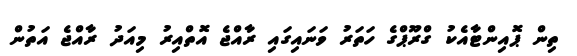
ތިން ޕޮއިންޓާއެކު ގްރޫޕްގެ ހަތަރު ވަނައިގައި ރާއްޖެ އޮތްއިރު މިއަދު ރާއްޖެ އަތުން